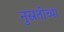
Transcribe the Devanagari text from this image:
नुस्रतीच्या